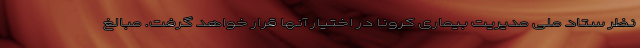
نظر ستاد ملی مدیریت بیماری کرونا در اختیار آنها قرار خواهد گرفت. مبالغ